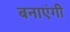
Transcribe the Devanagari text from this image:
बनाएंगी